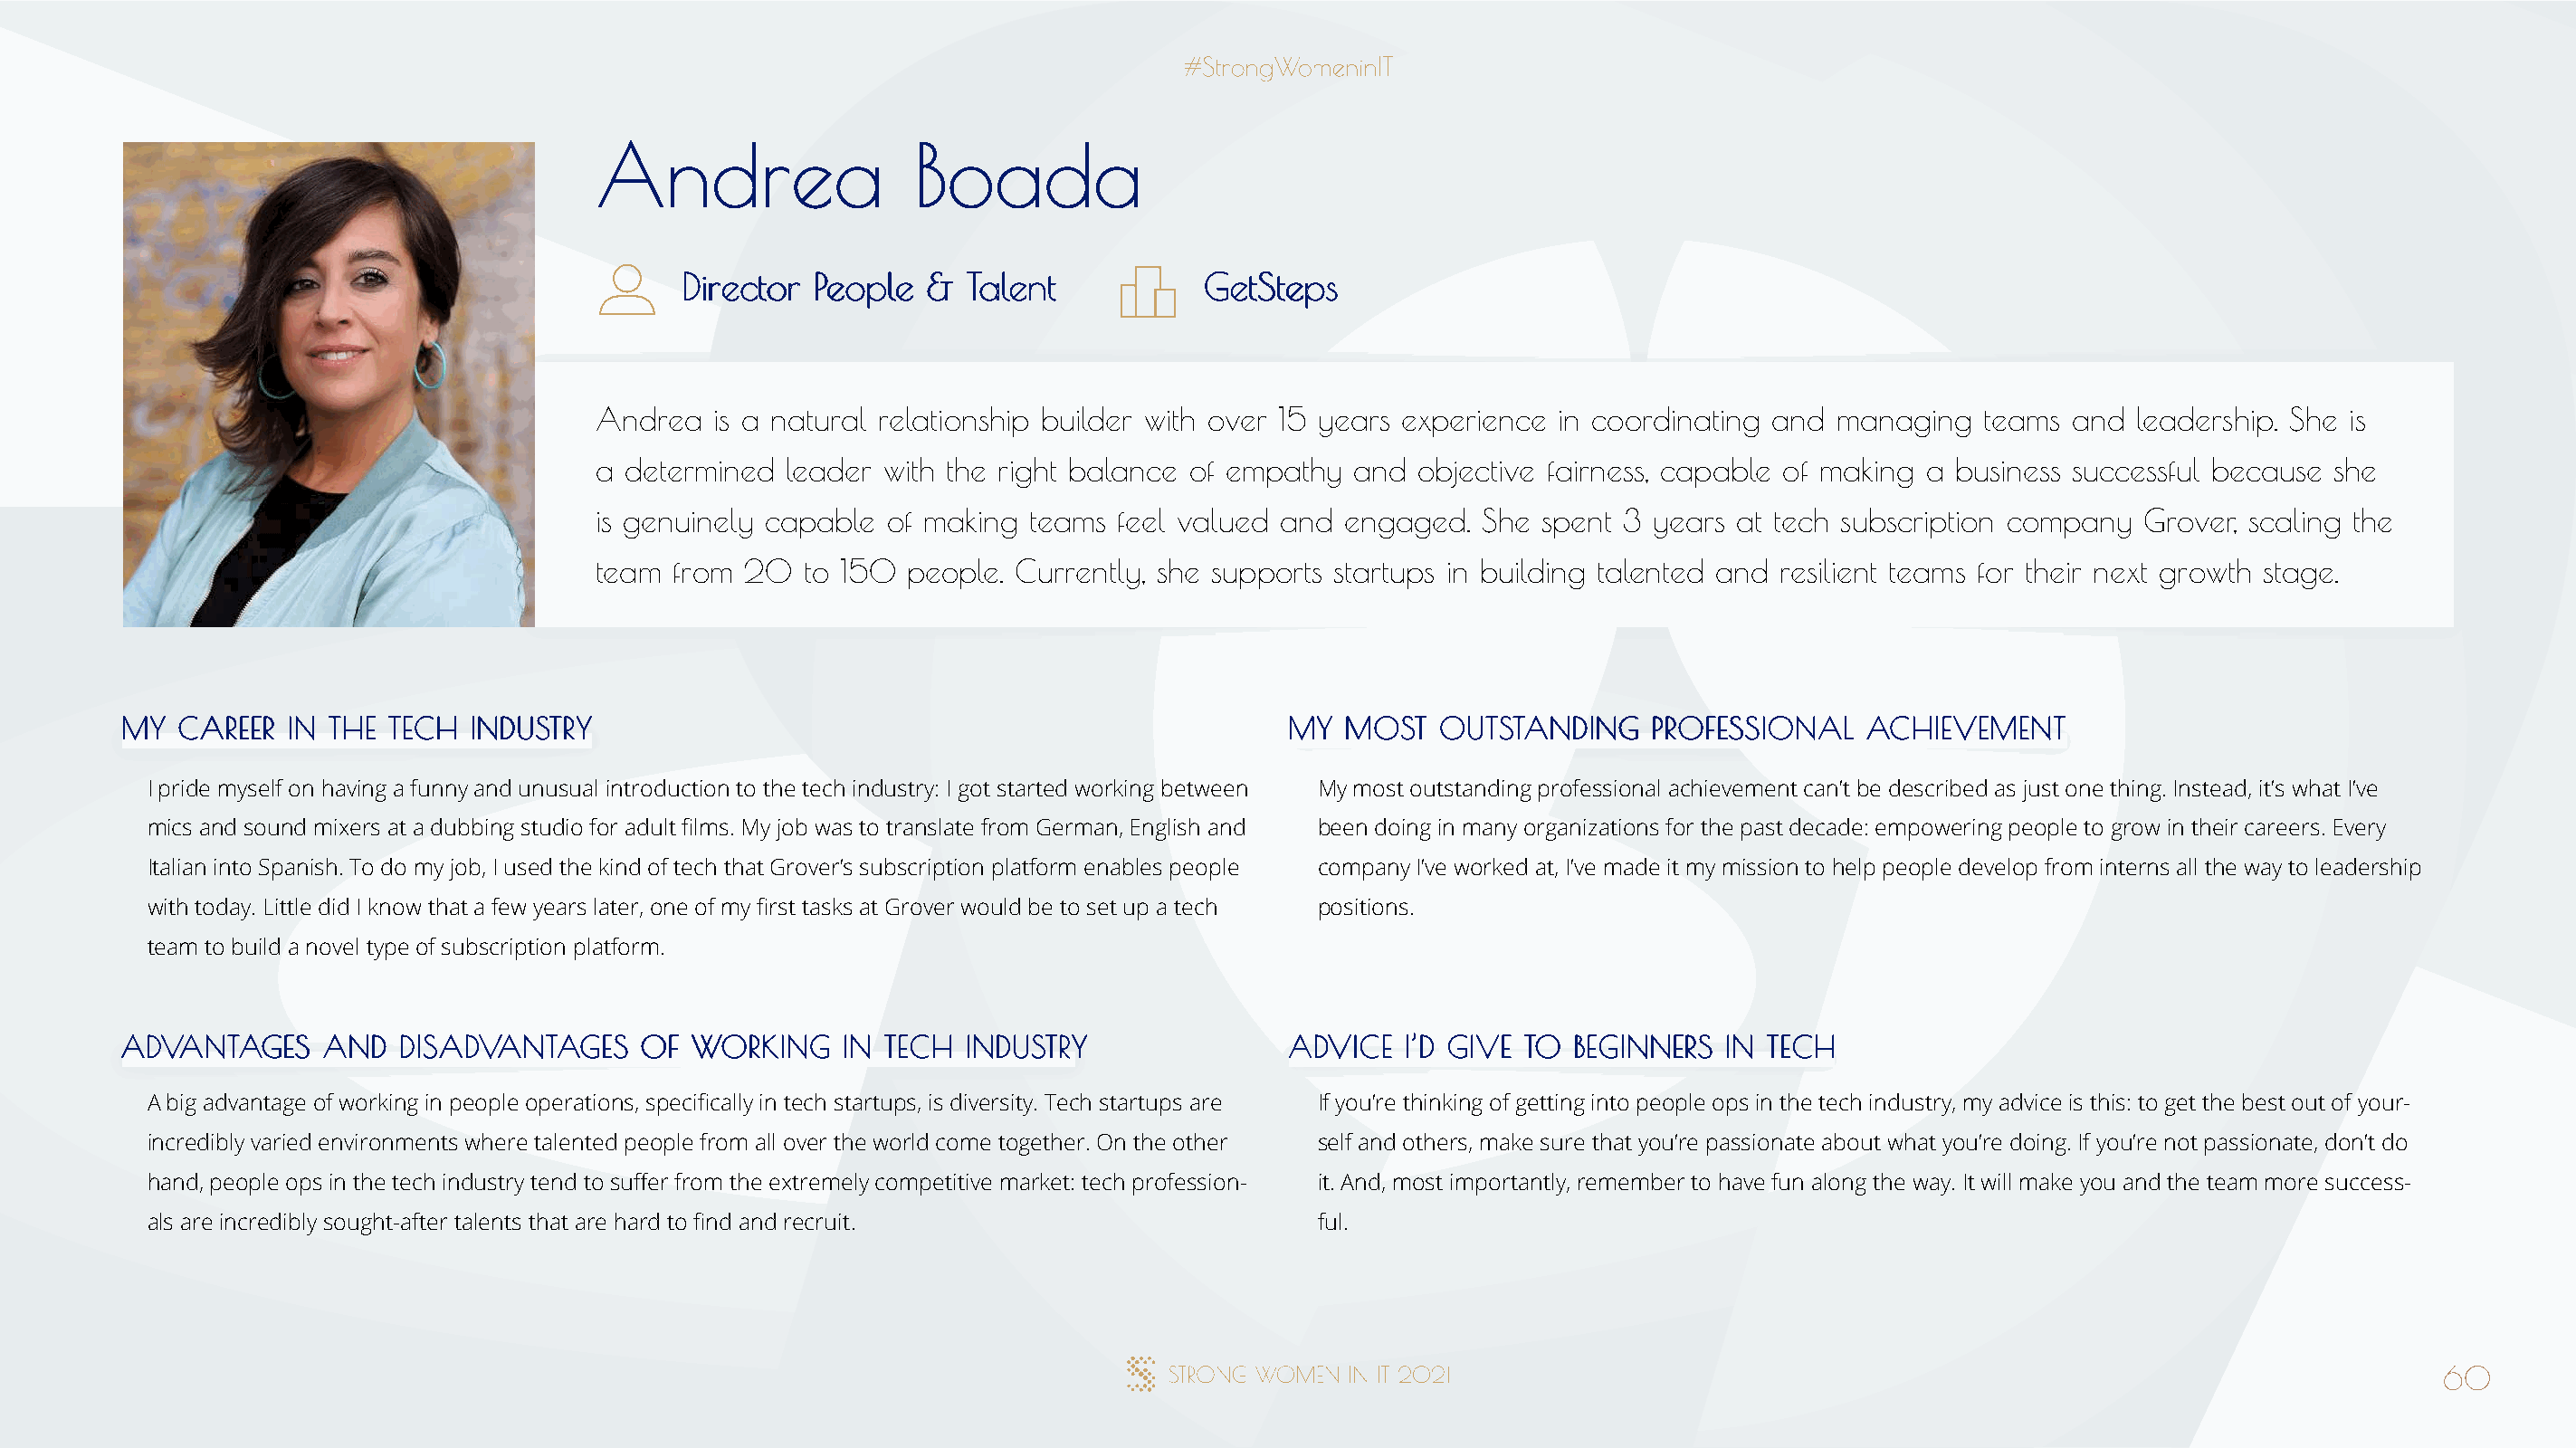
AAnnddrreeaa           BBooaaddaa
 DDiirreeccttoorr PPeeooppllee && TTaalleenntt GGeettSStteeppss
 Andrea  is a natural relationship builder with over 15 years experience in coordinating and managing teams  and leadership. She is
 a determined leader  with the right balance of empathy and  objective fairness, capable of making a business successful because she
 is genuinely capable of making teams  feel valued and engaged.  She  spent 3 years at tech subscription company  Grover, scaling the
 team from 20   to 150 people. Currently, she supports startups in building talented and resilient teams for their next growth stage.
 MMYY CCAARREEEERR IINN TTHHEE TTEECCHH IINNDDUUSSTTRRYY                              MMYY MMOOSSTT OOUUTTSSTTAANNDDIINNGG PPRROOFFEESSSSIIOONNAALL AACCHHIIEEVVEEMMEENNTT
 I pride myself on having a funny and unusual introduction to the tech industry: I got started working between My most outstanding professional achievement can’t be described as just one thing. Instead, it’s what I’ve
 mics and sound mixers at a dubbing studio for adult films. My job was to translate from German, English and been doing in many organizations for the past decade: empowering people to grow in their careers. Every
 Italian into Spanish. To do my job, I used the kind of tech that Grover’s subscription platform enables people company I’ve worked at, I’ve made it my mission to help people develop from interns all the way to leadership
 with today. Little did I know that a few years later, one of my first tasks at Grover would be to set up a tech positions.
 team to build a novel type of subscription platform.
 AADDVVAANNTTAAGGEESS AANNDD DDIISSAADDVVAANNTTAAGGEESS OOFF WWOORRKKIINNGG IINN TTEECCHH IINNDDUUSSTTRRYY AADDVVIICCEE II’’DD GGIIVVEE TTOO BBEEGGIINNNNEERRSS IINN TTEECCHH
 A big advantage of working in people operations, specifically in tech startups, is diversity. Tech startups are If you’re thinking of getting into people ops in the tech industry, my advice is this: to get the best out of your-
 incredibly varied environments where talented people from all over the world come together. On the other self and others, make sure that you’re passionate about what you’re doing. If you’re not passionate, don’t do
 hand, people ops in the tech industry tend to suffer from the extremely competitive market: tech profession- it. And, most importantly, remember to have fun along the way. It will make you and the team more success-
 als are incredibly sought-after talents that are hard to find and recruit.           ful.
 60